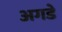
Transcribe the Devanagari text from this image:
अगडे